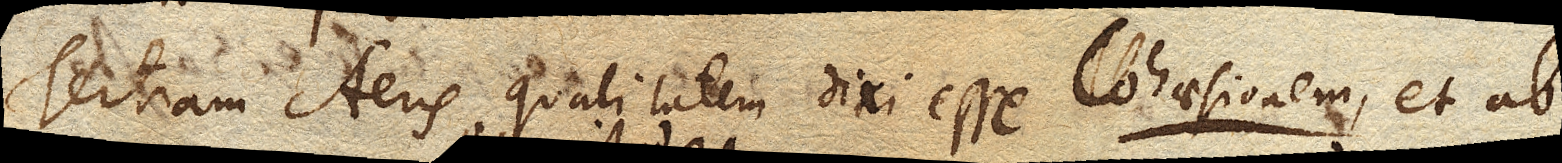
Tertiam Aeris qualitatem dixi esse Cohaesionem, et ab